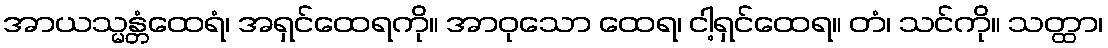
အာယသ္မန္တံထေရံ၊ အရှင်ထေရကို။ အာဝုသော ထေရ၊ ငါ့ရှင်ထေရ။ တံ၊ သင်ကို။ သတ္ထာ၊